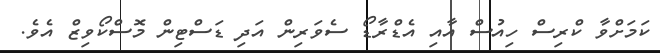
ކަމަށްވާ ކްރިސް ހިއުސް އާއި އެޑްރާޑޯ ސެވަރިން އަދި ޑަސްޓިން މޮސްކޯވިޒް އެވެ.